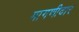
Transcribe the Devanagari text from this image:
मागणीदार